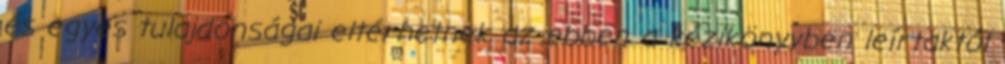
és egyes tulajdonságai eltérhetnek az ebben a kézikönyvben leírtaktól